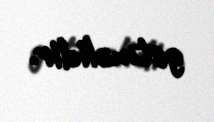
getməlidir.